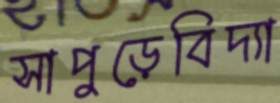
সাপুড়েবিদ্যা